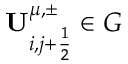
{ \mathbf { U } } _ { i , j + \frac { 1 } { 2 } } ^ { \mu , \pm } \in G